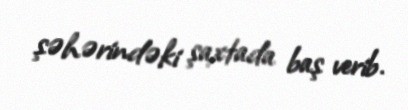
şəhərindəki şaxtada baş verib.